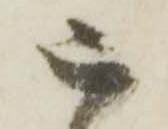
被